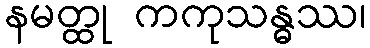
နမတ္ထု ကကုသန္ဓဿ၊